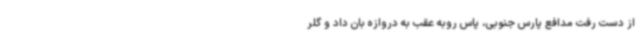
از دست رفت مدافع پارس جنوبی، پاس روبه عقب به دروازه بان داد و گلر